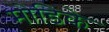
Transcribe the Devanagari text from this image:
मोडिके